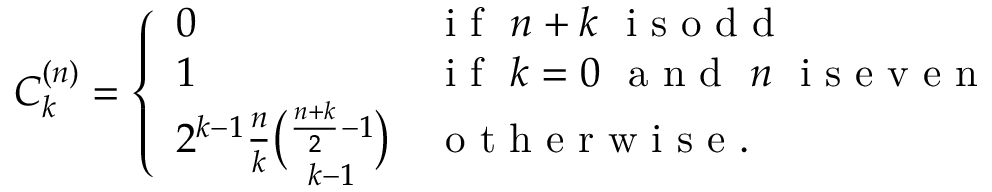
C _ { k } ^ { ( n ) } = \left\{ \begin{array} { l l } { 0 } & { \mathrm { ~ i ~ f ~ } \ n + k \ \mathrm { ~ i ~ s ~ o ~ d ~ d ~ } } \\ { 1 } & { \mathrm { ~ i ~ f ~ } \ k = 0 \ \mathrm { ~ a ~ n ~ d ~ } \ n \ \mathrm { ~ i ~ s ~ e ~ v ~ e ~ n ~ } } \\ { 2 ^ { k - 1 } \frac { n } { k } { \binom { \frac { n + k } { 2 } - 1 } { k - 1 } } } & { \mathrm { ~ o ~ t ~ h ~ e ~ r ~ w ~ i ~ s ~ e ~ } . } \end{array} \right.